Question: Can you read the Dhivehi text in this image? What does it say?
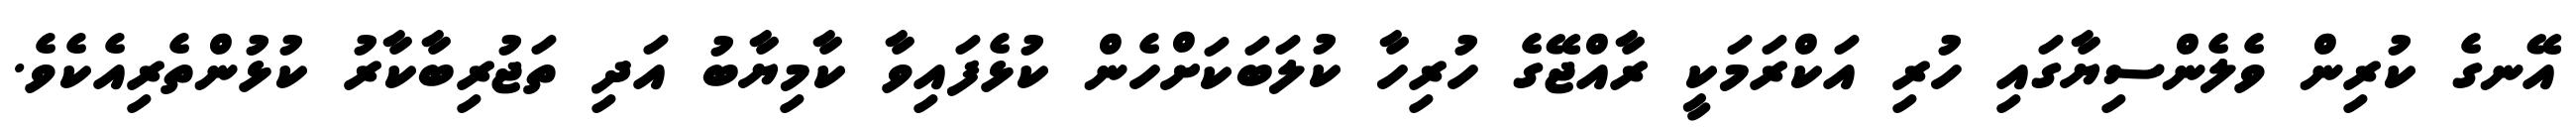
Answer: އޭނގެ ކުރިން ވެލެންސިޔާގައި ހުރި އަކްރަމަކީ ރާއްޖޭގެ ހުރިހާ ކުލަބަކަށްހެން ކުޅެފައިވާ ކާމިޔާބު އަދި ތަޖުރިބާކާރު ކުޅުންތެރިއެކެވެ.